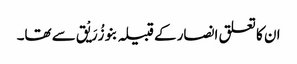
ان کا تعلق انصار کے قبیلہ بنو زُرَیْق سے تھا۔